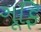
ગૂફિ